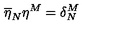
\overline { { \eta } } _ { N } \eta ^ { M } = \delta _ { N } ^ { M }